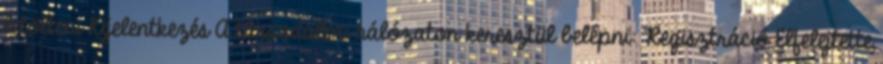
letölteni Kijelentkezés A társadalmi hálózaton keresztül belépni: Regisztráció Elfelejtette